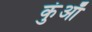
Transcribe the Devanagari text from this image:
कुंआँ